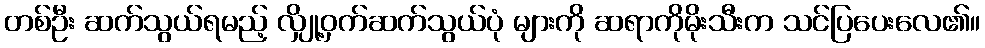
တစ်ဦး ဆက်သွယ်ရမည့် လျှို့ဝှက်ဆက်သွယ်ပုံ များကို ဆရာကိုမိုးသီးက သင်ပြပေးလေ၏။